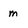
Character: m